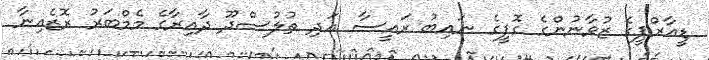
ޑީއާރްޕީގެ ޒުވާނުންގެ ގޮފީގެ ނައިބު ރައީސާ އަދި ތުލުސްދޫ ދާއިރާގެ މެމްބަރު ރޮޒެއިނާ